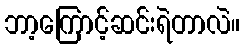
ဘာ့ကြောင့်ဆင်းရဲတာလဲ။